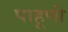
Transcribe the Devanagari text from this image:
पाहूणी